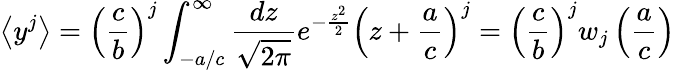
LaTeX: \left<y^{j}\right>=\left(\frac{c}{b}\right)^{j}\int_{-a/c}^{\infty}\frac{dz}{\sqrt{2\pi}}e^{-\frac{z^{2}}{2}}\left(z+\frac{a}{c}\right)^{j}=\left(\frac{c}{b}\right)^{j}w_{j}\left(\frac{a}{c}\right)